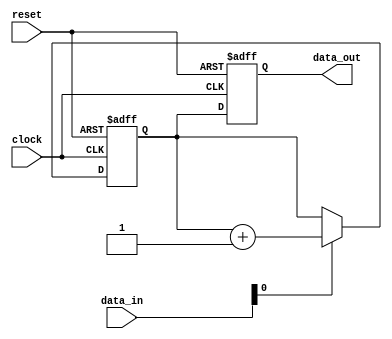
module sequential_logic (
    input wire clock,       // Clock signal
    input wire reset,       // Asynchronous reset signal
    input wire [7:0] data_in, // Input data
    output reg [7:0] data_out // Output data
);

    // Internal state variable
    reg [7:0] state;

    // Sequential logic block
    always @(posedge clock or posedge reset) begin
        if (reset) begin
            // Reset logic: Initialize state and output
            state <= 8'b0;
            data_out <= 8'b0;
        end else begin
            // Conditional logic to update state and output
            if (data_in[0]) begin
                state <= state + 1; // Increment state if LSB of data_in is high
            end else begin
                state <= state; // Hold state if LSB is low
            end
            
            // Generate output based on the current state
            data_out <= state; // Output the current state
        end
    end

endmodule